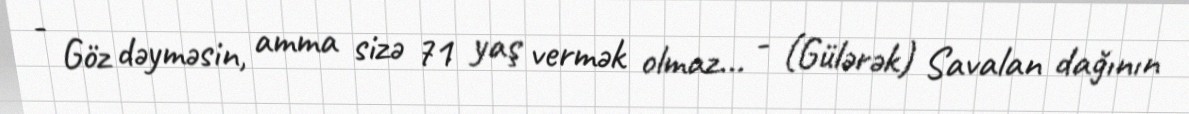
- Göz dəyməsin, amma sizə 71 yaş vermək olmaz... - (Gülərək) Savalan dağının